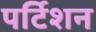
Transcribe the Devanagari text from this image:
पर्टिशन